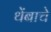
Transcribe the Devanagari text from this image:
थेंबाचे